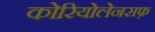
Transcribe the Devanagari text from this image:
कोरियोलेनसफ़